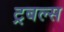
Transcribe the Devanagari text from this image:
ट्रबल्स